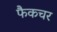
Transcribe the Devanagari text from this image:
फैकचर